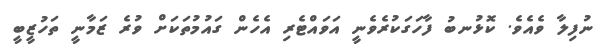
ނުފިލާ ވެއެވެ. ކޮޅުނބު ފާހަގަކުރެވެނީ އަވައްޓެރި އެހެން ގައުމުތަކަށް ވުރެ ޒަމާނީ ތަހުޒީބީ